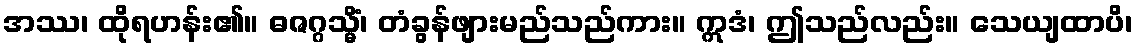
အဿ၊ ထိုရဟန်း၏။ ဓဇဂ္ဂသ္မိံ၊ တံခွန်ဖျားမည်သည်ကား။ ဣဒံ၊ ဤသည်လည်း။ သေယျထာပိ၊